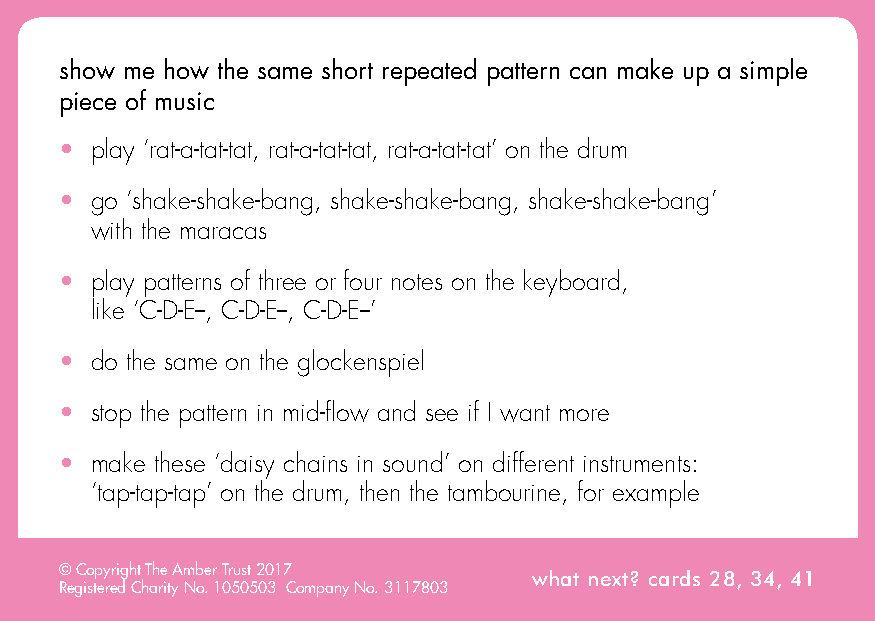
show me how the same short repeated pattern can make up a simple
 piece of music
 • play ‘rat-a-tat-tat, rat-a-tat-tat, rat-a-tat-tat’ on the drum
 • go ‘shake-shake-bang, shake-shake-bang, shake-shake-bang’
 with the maracas
 • play patterns of three or four notes on the keyboard,
 like ‘C-D-E--, C-D-E--, C-D-E--’
 • do the same on the glockenspiel
 • stop the pattern in mid-flow and see if I want more
 • make these ‘daisy chains in sound’ on different instruments:
 ‘tap-tap-tap’ on the drum, then the tambourine, for example
 © Copyright The Amber Trust 2017
 what next? cards 28, 34, 41
 Registered Charity No. 1050503 Company No. 3117803